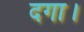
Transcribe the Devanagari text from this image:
दगा।